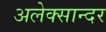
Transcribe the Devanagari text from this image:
अलेक्सान्दर